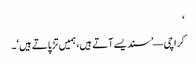
‘
کراچی — ’سندیسے آتے ہیں، ہمیں تڑپاتے ہیں‘۔